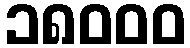
၁၈၀၀၀